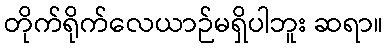
တိုက်ရိုက်လေယာဉ်မရှိပါဘူး ဆရာ။